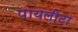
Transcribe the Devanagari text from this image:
पायलीटा